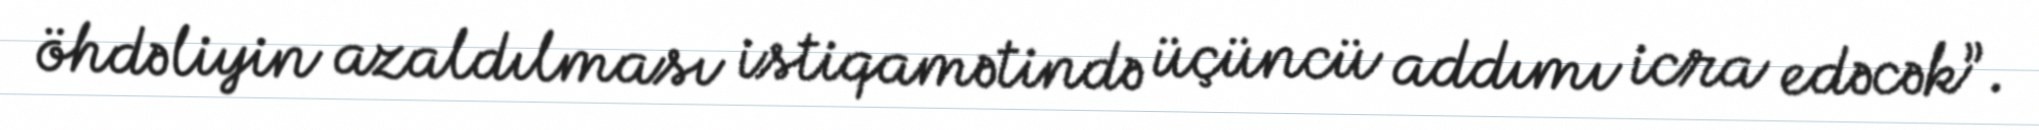
öhdəliyin azaldılması istiqamətində üçüncü addımı icra edəcək”.